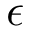
\epsilon